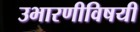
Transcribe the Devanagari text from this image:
उभारणीविषयी